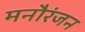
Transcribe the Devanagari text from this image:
मनौरंजन